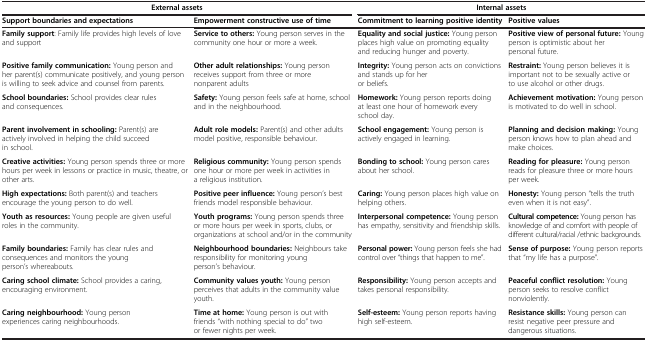
<table><thead><tr><td colspan="2"><b>External assets</b></td><td colspan="2"><b>Internal assets</b></td></tr><tr><td><b>Support boundaries and expectations</b></td><td><b>Empowerment constructive use of time</b></td><td><b>Commitment to learning positive identity</b></td><td><b>Positive values</b></td></tr></thead><tbody><tr><td><b>Family support</b>: Family life provides high levels of love and support</td><td><b>Service to others:</b> Young person serves in the community one hour or more a week.</td><td><b>Equality and social justice:</b> Young person places high value on promoting equality and reducing hunger and poverty.</td><td><b>Positive view of personal future:</b> Young person is optimistic about her personal future.</td></tr><tr><td><b>Positive family communication:</b> Young person and her parent(s) communicate positively, and young person is willing to seek advice and counsel from parents.</td><td><b>Other adult relationships:</b> Young person receives support from three or more nonparent adults</td><td><b>Integrity:</b> Young person acts on convictions and stands up for her or beliefs.</td><td><b>Restraint:</b> Young person believes it is important not to be sexually active or to use alcohol or other drugs.</td></tr><tr><td><b>School boundaries:</b> School provides clear rules and consequences.</td><td><b>Safety:</b> Young person feels safe at home, school and in the neighbourhood.</td><td><b>Homework:</b> Young person reports doing at least one hour of homework every school day.</td><td><b>Achievement motivation:</b> Young person is motivated to do well in school.</td></tr><tr><td><b>Parent involvement in schooling:</b> Parent(s) are actively involved in helping the child succeed in school.</td><td><b>Adult role models:</b> Parent(s) and other adults model positive, responsible behaviour.</td><td><b>School engagement:</b> Young person is actively engaged in learning.</td><td><b>Planning and decision making:</b> Young person knows how to plan ahead and make choices.</td></tr><tr><td><b>Creative activities:</b> Young person spends three or more hours per week in lessons or practice in music, theatre, or other arts.</td><td><b>Religious community:</b> Young person spends one hour or more per week in activities in a religious institution.</td><td><b>Bonding to school:</b> Young person cares about her school.</td><td><b>Reading for pleasure:</b> Young person reads for pleasure three or more hours per week.</td></tr><tr><td><b>High expectations:</b> Both parent(s) and teachers encourage the young person to do well.</td><td><b>Positive peer influence:</b> Young person’s best friends model responsible behaviour.</td><td><b>Caring:</b> Young person places high value on helping others.</td><td><b>Honesty:</b> Young person “tells the truth even when it is not easy”.</td></tr><tr><td><b>Youth as resources:</b> Young people are given useful roles in the community.</td><td><b>Youth programs:</b> Young person spends three or more hours per week in sports, clubs, or organizations at school and/or in the community</td><td><b>Interpersonal competence:</b> Young person has empathy, sensitivity and friendship skills.</td><td><b>Cultural competence:</b> Young person has knowledge of and comfort with people of different cultural/racial /ethnic backgrounds.</td></tr><tr><td><b>Family boundaries:</b> Family has clear rules and consequences and monitors the young person’s whereabouts.</td><td><b>Neighbourhood boundaries:</b> Neighbours take responsibility for monitoring young person’s behaviour.</td><td><b>Personal power:</b> Young person feels she had control over “things that happen to me”.</td><td><b>Sense of purpose:</b> Young person reports that “my life has a purpose”.</td></tr><tr><td><b>Caring school climate:</b> School provides a caring, encouraging environment.</td><td><b>Community values youth:</b> Young person perceives that adults in the community value youth.</td><td><b>Responsibility:</b> Young person accepts and takes personal responsibility.</td><td><b>Peaceful conflict resolution:</b> Young person seeks to resolve conflict nonviolently.</td></tr><tr><td><b>Caring neighbourhood:</b> Young person experiences caring neighbourhoods.</td><td><b>Time at home:</b> Young person is out with friends “with nothing special to do” two or fewer nights per week.</td><td><b>Self-esteem:</b> Young person reports having high self-esteem.</td><td><b>Resistance skills:</b> Young person can resist negative peer pressure and dangerous situations.</td></tr></tbody></table>